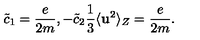
\tilde { c } _ { 1 } = \frac { e } { 2 m } , - \tilde { c } _ { 2 } \frac { 1 } { 3 } \langle { \bf { u } } ^ { 2 } \rangle _ { Z } = \frac { e } { 2 m } .